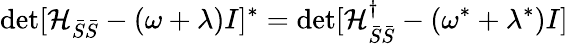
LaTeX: \operatorname*{det}[\mathcal{H}_{\bar{S}\bar{S}}-(\omega+\lambda)I]^{*}=\operatorname*{det}[\mathcal{H}_{\bar{S}\bar{S}}^{\dagger}-(\omega^{*}+\lambda^{*})I]